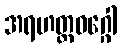
အရဟတ္တဝဂ္ဂေါ